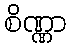
စိဏ္ဏာ